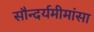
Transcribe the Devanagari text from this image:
सौन्दर्यमीमांसा